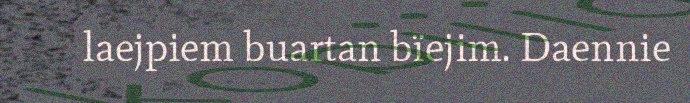
laejpiem buartan bïejim. Daennie